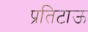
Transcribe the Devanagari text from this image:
प्रतिटाऊ